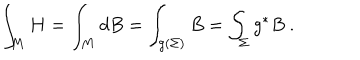
LaTeX: \int _ { M } H = \int _ { M } d B = \int _ { g ( \Sigma ) } B = \int _ { \Sigma } g ^ { * } B ~ .